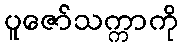
ပူဇော်သက္ကာကို